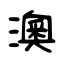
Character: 澳